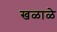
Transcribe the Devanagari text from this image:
खळाळे